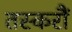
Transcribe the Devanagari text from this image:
तस्करौं